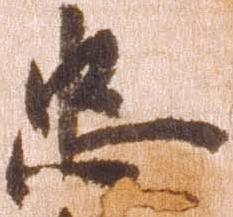
忠